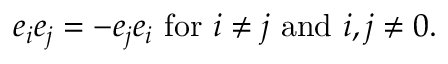
e _ { i } e _ { j } = - e _ { j } e _ { i } \, \, { \mathrm { f o r } } \, \, i \neq j \, \, { \mathrm { a n d } } \, \, i , j \neq 0 .